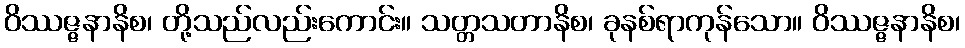
ဝိဿဇ္ဇနာနိစ၊ တို့သည်လည်းကောင်း။ သတ္တသတာနိစ၊ ခုနစ်ရာကုန်သော။ ဝိဿဇ္ဇနာနိစ၊